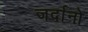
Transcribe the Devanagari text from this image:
जर्दानो